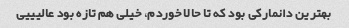
بهترین دانمارکی بود که تا حالا خوردم، خیلی هم تازه بود عالیییی